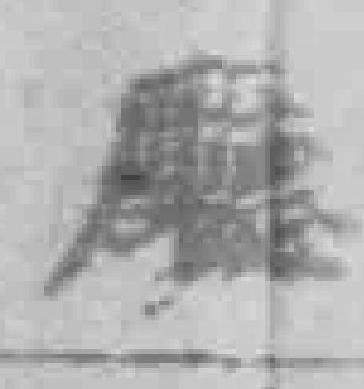
廰